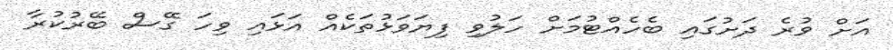
އަށް ވުރެ ދަށުގައި ބެހެއްޓުމަށް ހަލުވި ފިޔަވަޅުތަކެއް އަޅައި ވިހަ ގޭސް ބޭރުކުރާ